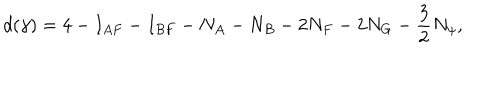
d ( \gamma ) = 4 - I _ { A F } - I _ { B F } - N _ { A } - N _ { B } - 2 N _ { F } - 2 N _ { G } - \frac 3 2 N _ { \psi } ,